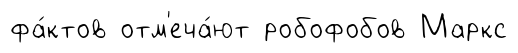
фа́ктов отм'еча́ют робофобов Маркс